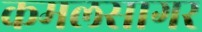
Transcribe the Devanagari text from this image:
कमलसागर